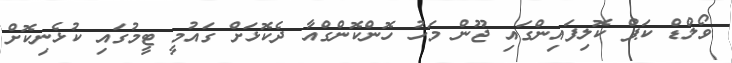
ވޯލްޑް ކަޕް ކޮލިފައިންގައި ޖޫން މަހު ހޮންކޮންގްއާ ދެކޮޅަށް ގައުމީ ޓީމުގައި ކުޅެނިކޮށް